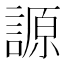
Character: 謜